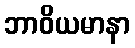
ဘာဝိယမာနာ